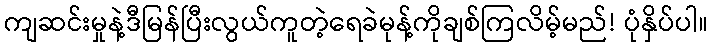
ကျဆင်းမှုနဲ့ဒီမြန်ပြီးလွယ်ကူတဲ့ရေခဲမုန့်ကိုချစ်ကြလိမ့်မည်! ပုံနှိပ်ပါ။